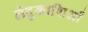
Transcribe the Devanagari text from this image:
लेदुकाशिआँ